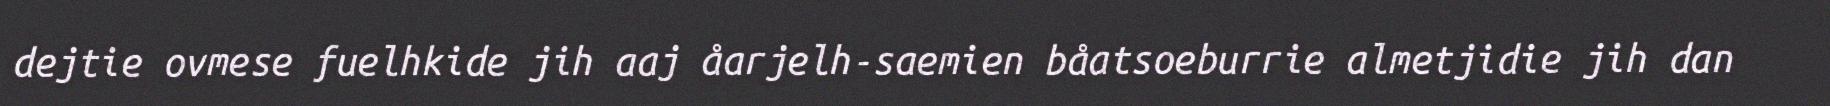
dejtie ovmese fuelhkide jih aaj åarjelh-saemien båatsoeburrie almetjidie jih dan